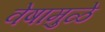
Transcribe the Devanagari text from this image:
वेषामुळे